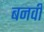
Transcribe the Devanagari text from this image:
बनवी